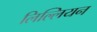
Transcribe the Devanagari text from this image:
लिल्लियन